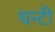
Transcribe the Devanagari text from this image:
घन्टी